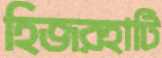
হিজরহাটি